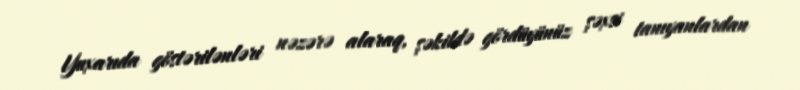
Yuxarıda göstərilənləri nəzərə alaraq, şəkildə gördüyünüz şəxsi tanıyanlardan